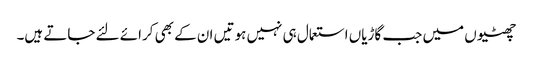
چھٹیوں میں جب گاڑیاں استعمال ہی نہیں ہوتیں ان کے بھی کرائے لئے جاتے ہیں۔